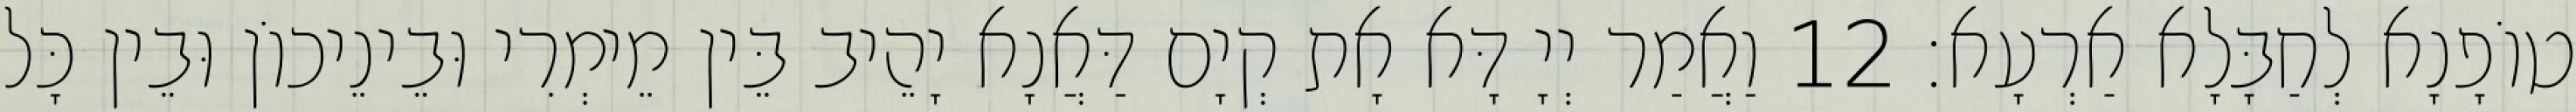
טוֹפָנָא לְחַבָּלָא אַרְעָא׃ 12 וַאֲמַר יְיָ דָּא אָת קְיָם דַּאֲנָא יָהֵיב בֵּין מֵימְרִי וּבֵינֵיכוֹן וּבֵין כָּל